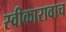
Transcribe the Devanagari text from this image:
स्वीकारावाच